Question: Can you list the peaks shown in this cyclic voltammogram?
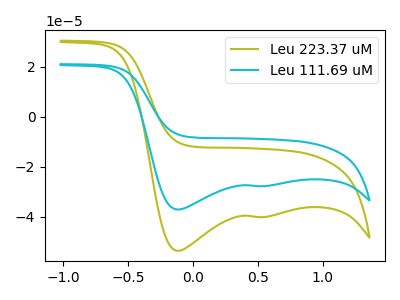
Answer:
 <answer>The olive curve "Leu 223.37 uM" has cathodic peaks at (-0.10V, -53.60uA) (0.55V, -40.10uA). The cyan curve "Leu 111.69 uM" has cathodic peaks at (-0.10V, -37.10uA) (0.55V, -27.75uA).</answer>
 <eval></eval>